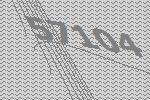
57104